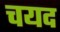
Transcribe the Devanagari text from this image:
चयद